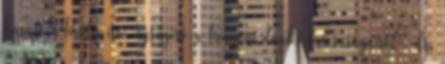
Sarusi Mihály író ujságíró a trianoni döntés furcsaságairól , dr.